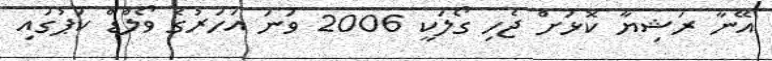
އޭނާ ރަޝިޔާ ކޮޅަށް ޖެހި ގޯލަކީ 2006 ވަނަ އަހަރުގެ ވޯލްޑް ކަޕުގައި